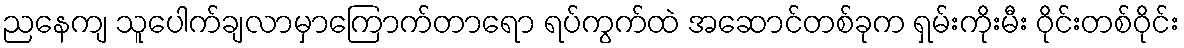
ညနေကျ သူပေါက်ချလာမှာကြောက်တာရော ရပ်ကွက်ထဲ အဆောင်တစ်ခုက ရှမ်းကိုးမီး ဝိုင်းတစ်ဝိုင်း